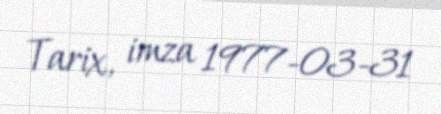
Tarix, imza 1977-03-31